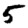
Digit: 5